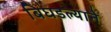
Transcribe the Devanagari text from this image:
बिघडल्याने